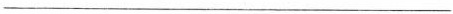
___